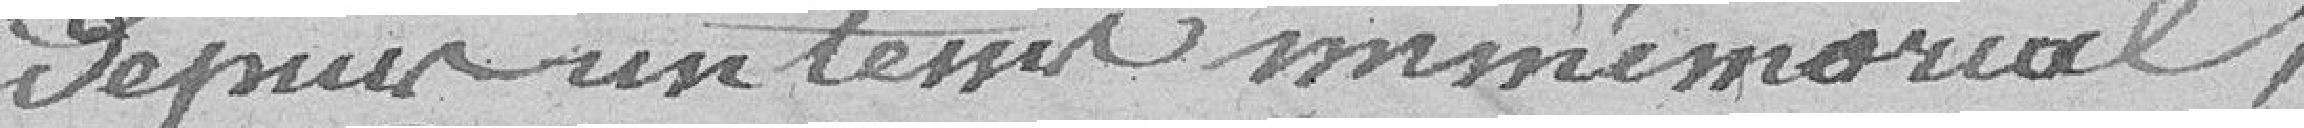
depuis un temps immémoriale ;